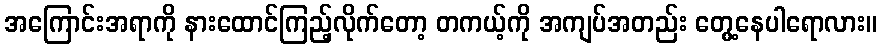
အကြောင်းအရာကို နားထောင်ကြည့်လိုက်တော့ တကယ့်ကို အကျပ်အတည်း တွေ့နေပါရောလား။